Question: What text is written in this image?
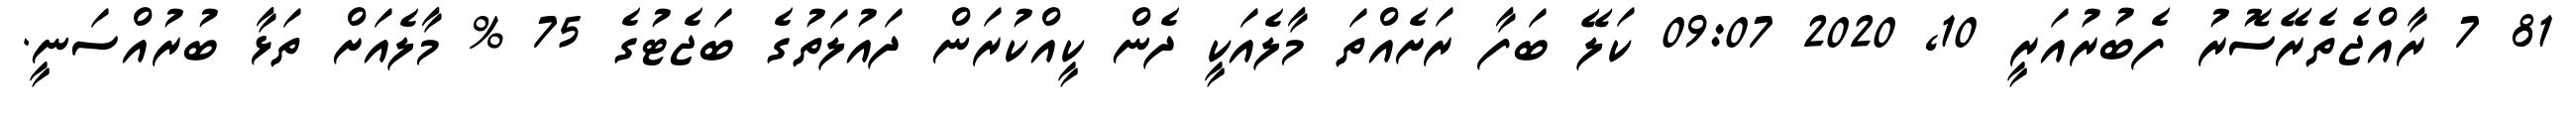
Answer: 81 7 ރާއްޖެތެރޭސޮރު ފެބުރުއަރީ 10, 2020 09:07 ކަލޭ ބަފާ ރަށެއްތަ މާލެއަކީ ދެން ކީއްކުރަން ދައުލަތުގެ ބަޖެޓުގެ 75 % މާލެއަށް ތަޅާ ބުރުއްސަނީ.